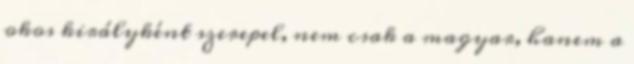
okos királyként szerepel, nem csak a magyar, hanem a